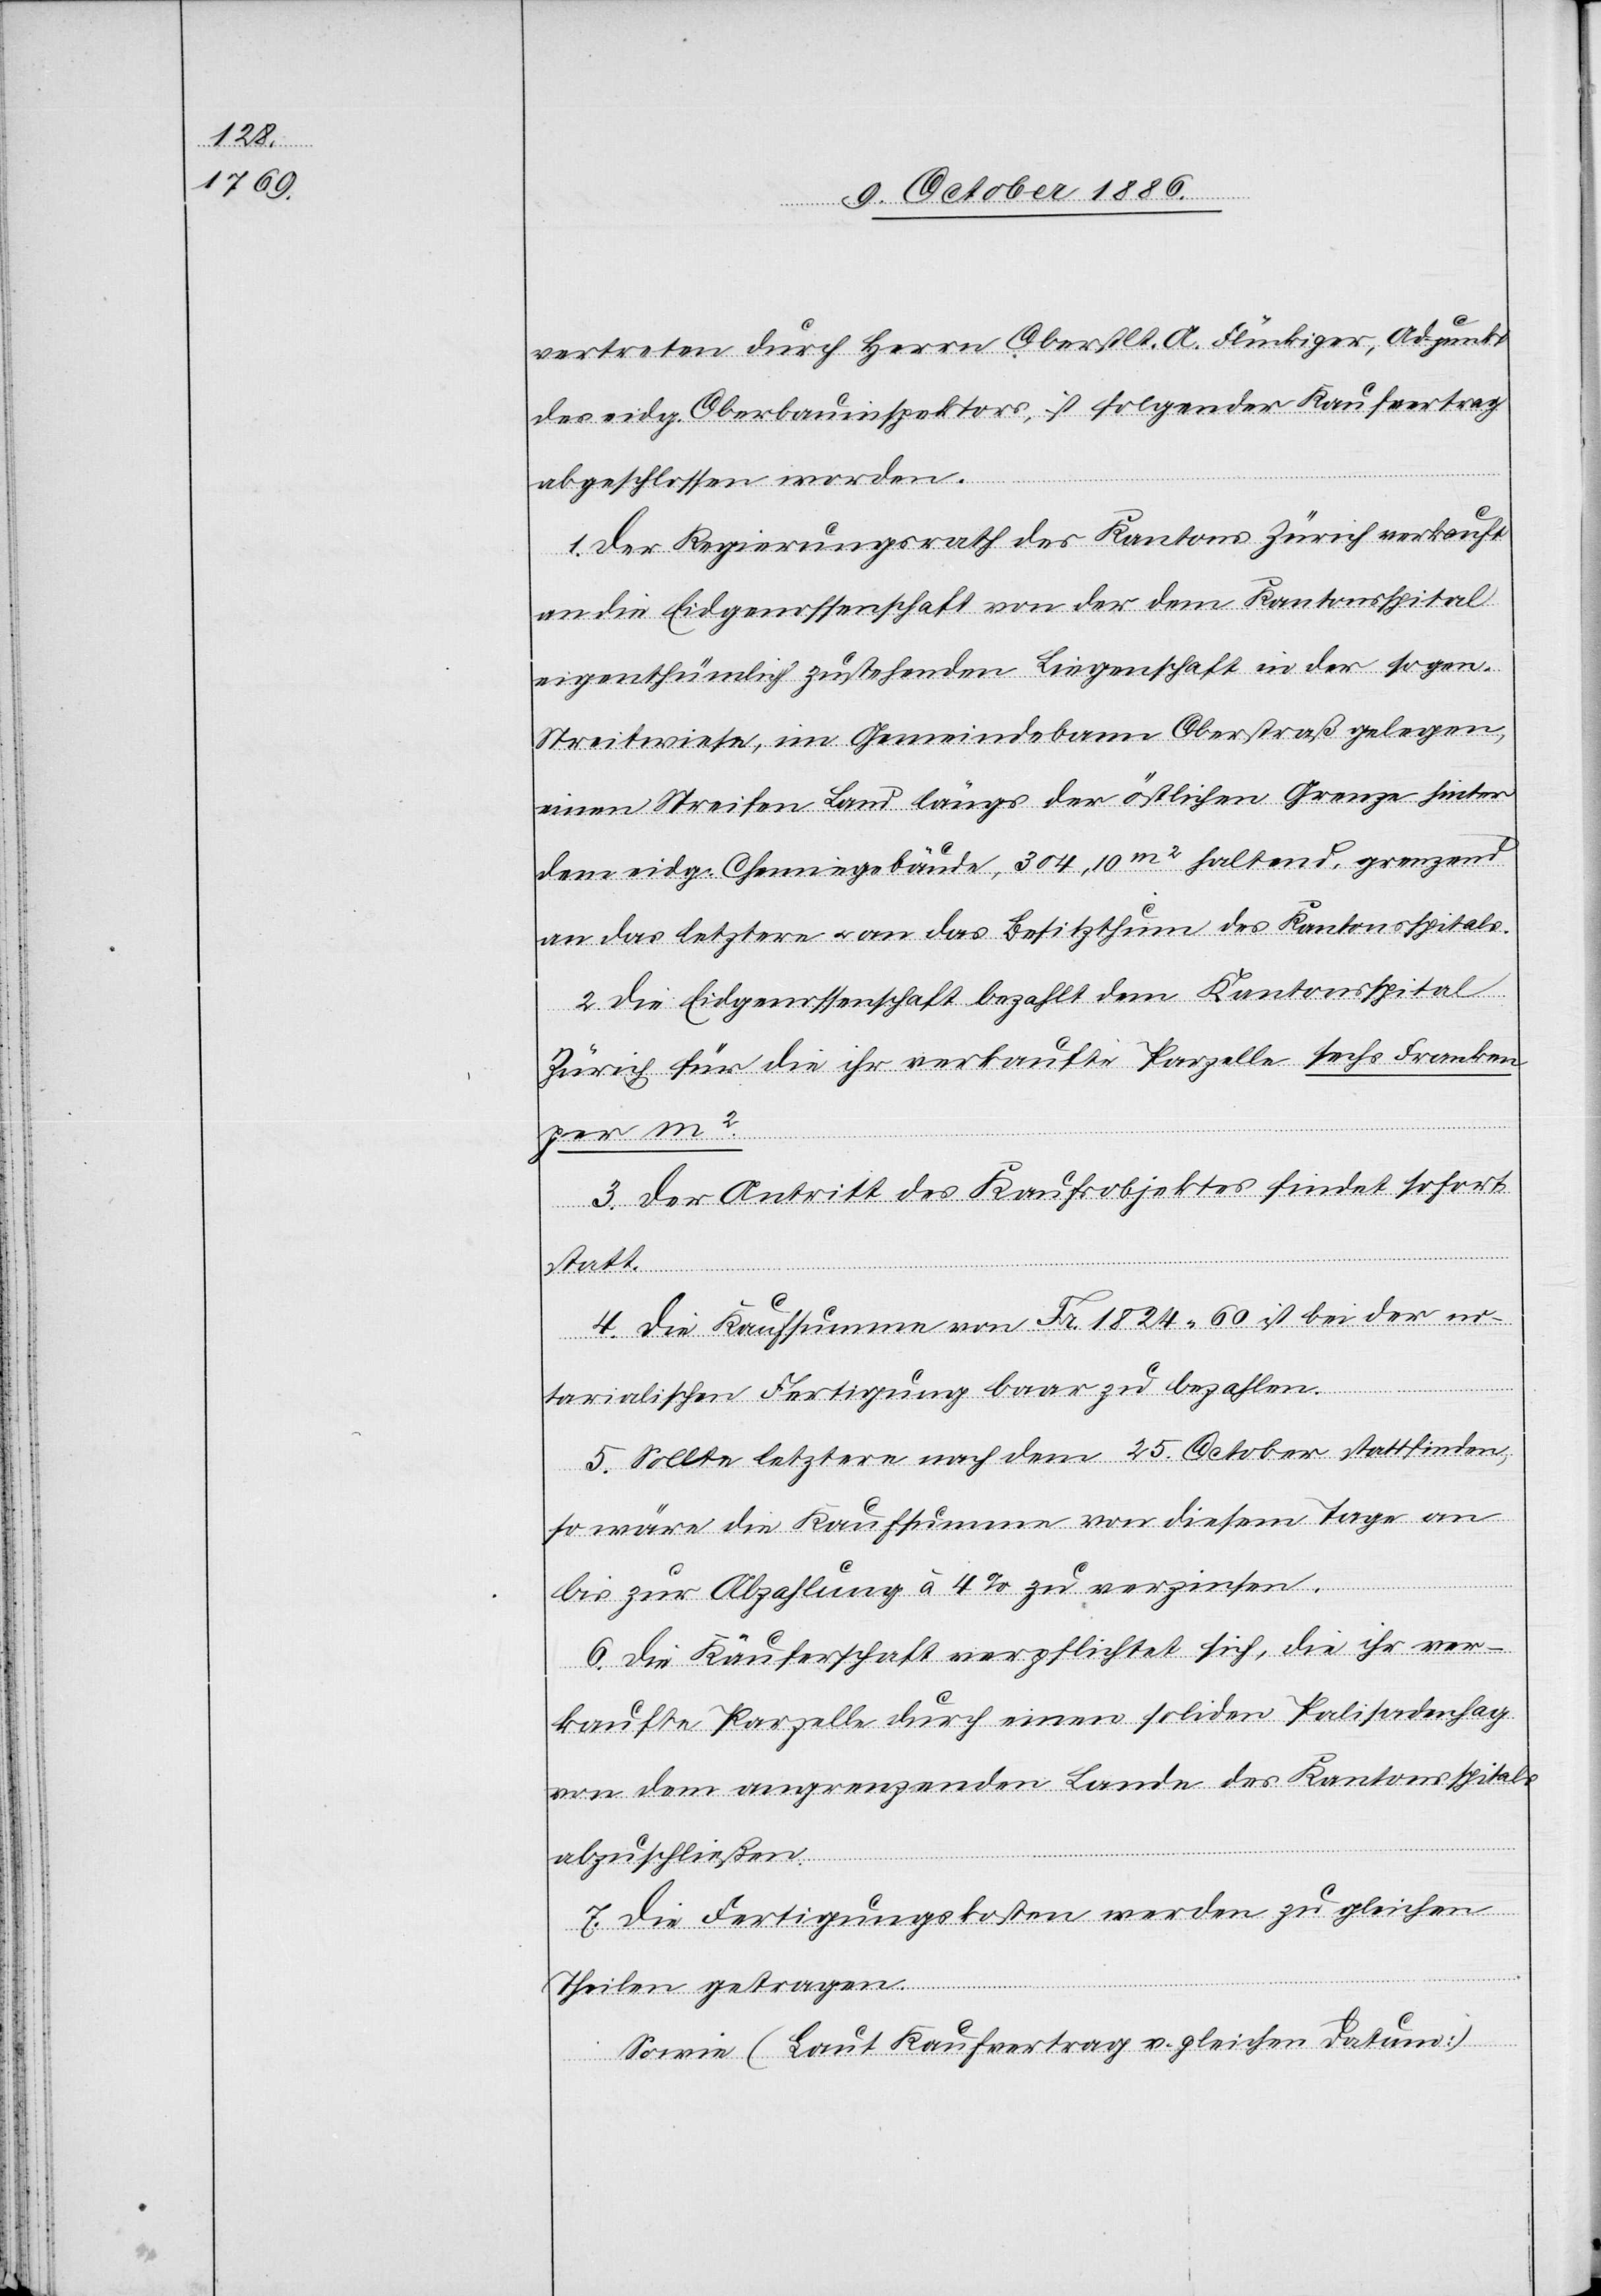
vertreten durch Herrn Oberstlt. A. Flückiger, Adjunkt
des eidg. Oberbauinspektors, ist folgender Kaufvertrag
abgeschlossen worden.
1. Der Regierungsrath des Kantons Zürich verkauft
an die Eidgenossenschaft von der dem Kantonsspital
eigenthümlich zustehenden Liegenschaft in der sogen.
Streitwiese, im Gemeindebann Oberstraß gelegen,
einen Streifen Land längs der östlichen Grenze hinter
dem eidg. Chemiegebäude, 304,10m2 haltend, grenzend
an das letztere & an das Besitzthum des Kantonsspitals.
2. Die Eidgenossenschaft bezahlt dem Kantonsspital
Zürich für die ihr verkaufte Parzelle sechs Franken
per m2.
3. Der Antritt des Kaufsobjektes findet sofort
statt.
4. Die Kaufsumme von Fr. 1824 60 ist bei der no¬
tarialischen Fertigung baar zu bezahlen.
5. Sollte letztere nach dem 25. October stattfinden,
so wäre die Kaufsumme von diesem Tage an
bis zur Abzahlung à 4% zu verzinsen.
6. Die Käuferschaft verpflichtet sich, die ihr ver¬
kaufte Parzelle durch einen soliden Palisadenhag
von dem angrenzenden Lande des Kantonsspitals
abzuschließen.
7. Die Fertigungskosten werden zu gleichen
Theilen getragen.
Sowie (Laut Kaufvertrag v. gleichen Datum:)